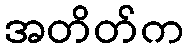
အတိတ်က